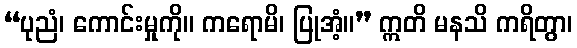
“ပုညံ၊ ကောင်းမှုကို။ ကရောမိ၊ ပြုအံ့။” ဣတိ မနသိ ကရိတွာ၊